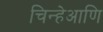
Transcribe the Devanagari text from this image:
चिन्हेआणि